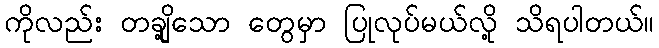
ကိုလည်း တချို့သော တွေမှာ ပြုလုပ်မယ်လို့ သိရပါတယ်။